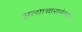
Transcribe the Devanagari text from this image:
अत्याचारानंतरही